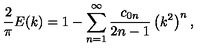
{ \frac { 2 } { \pi } } E ( k ) = 1 - \sum _ { n = 1 } ^ { \infty } { \frac { c _ { 0 n } } { 2 n - 1 } } \left( k ^ { 2 } \right) ^ { n } ,